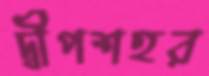
দ্বীপশহর